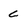
Character: c